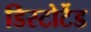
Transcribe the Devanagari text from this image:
डिस्टोर्टेड